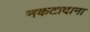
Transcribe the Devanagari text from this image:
नकटादाना